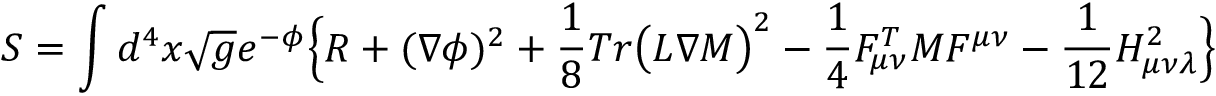
S = \int d ^ { 4 } x \sqrt { { g } } e ^ { - \phi } \Bigl \{ { R } + ( { \nabla } \phi ) ^ { 2 } + \frac { 1 } { 8 } T r \bigl ( { \cal L } \nabla { \cal M } \bigr ) ^ { 2 } - \frac { 1 } { 4 } { \cal F } _ { \mu \nu } ^ { T } { \cal M } { \cal F } ^ { \mu \nu } - \frac { 1 } { 1 2 } { H } _ { \mu \nu \lambda } ^ { 2 } \Bigr \}